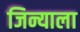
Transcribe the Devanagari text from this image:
जिन्याला